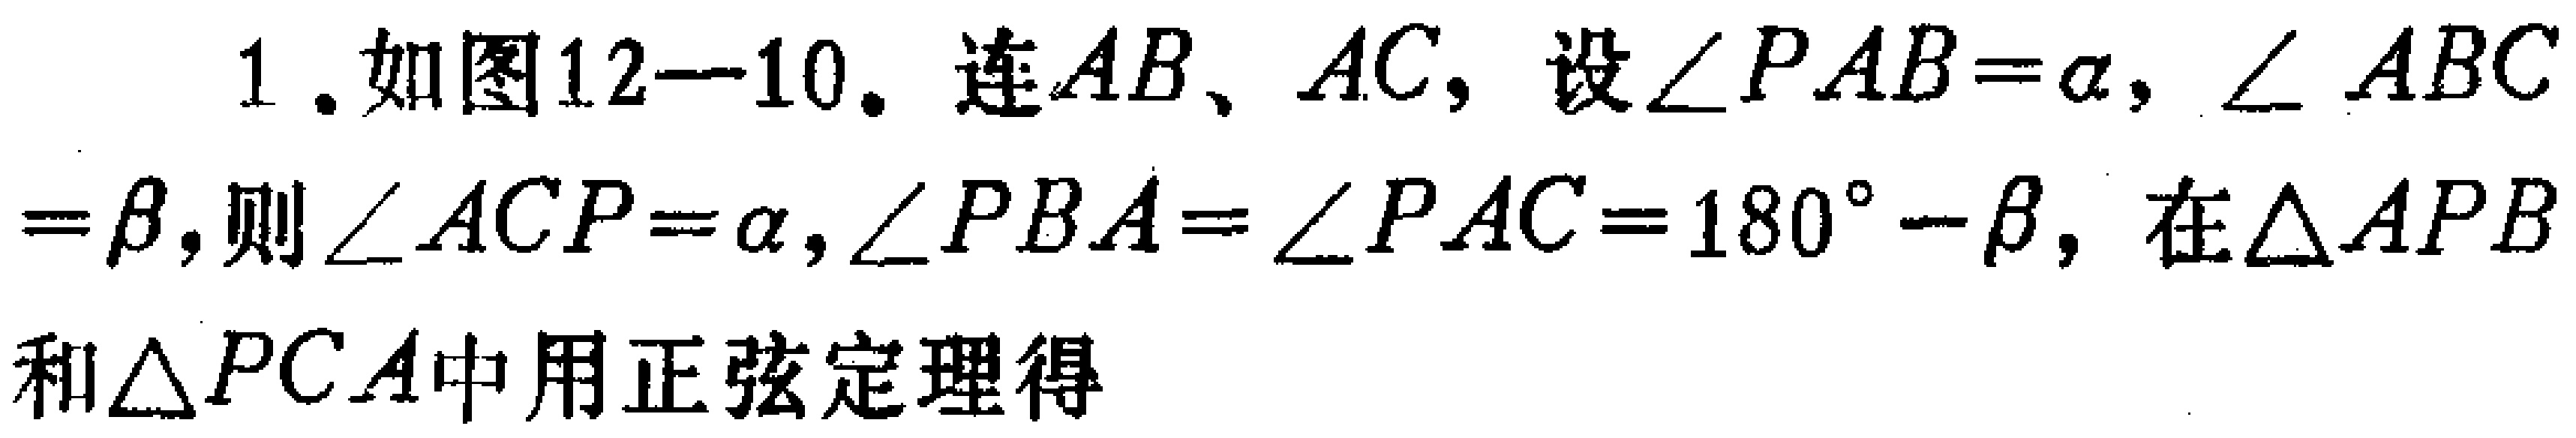
1. 如图12—10. 连\(AB\)、\(AC\)，设\(\angle PAB = \alpha\)，\(\angle ABC=\beta\)，则\(\angle ACP = \alpha\)，\(\angle PBA=\angle PAC = 180^{\circ}-\beta\)，在\(\triangle APB\)和\(\triangle PCA\)中用正弦定理得